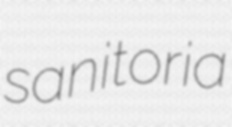
sanitoria